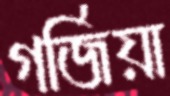
গর্জিয়া